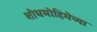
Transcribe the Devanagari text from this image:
शोधमोहिमेच्या